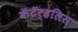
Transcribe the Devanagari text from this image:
कॅटॅर्‍हलिस